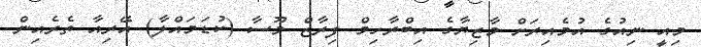
މިއީ ނިއުގެ އުމެއިރަށް މާޒިޔާގެ އިބްރާހިމް ފިރާޒް މޫސާ (ކުޑަމައްލާ) އޭރިއާ ތެރެއިން